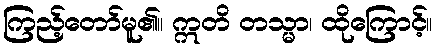
ကြည့်တော်မူ၏။ ဣတိ တသ္မာ၊ ထိုကြောင့်။